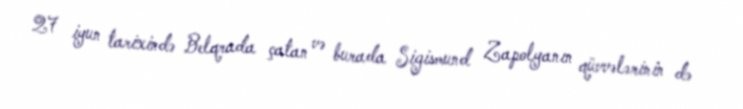
27 iyun tarixində Belqrada çatan və burada Sigismund Zapolyanın qüvvələrinin də